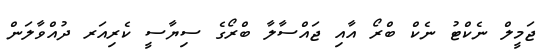
ޖަމީލް ނެކްޓު ނެކް ބްރޯ އާއި ޖައްސާލާ ބްރޯގެ ސިޔާސީ ކެރިއަަރ ދުއްވާލަން